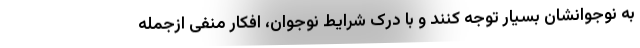
به نوجوانشان بسیار توجه کنند و با درک شرایط نوجوان، افکار منفی ازجمله